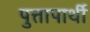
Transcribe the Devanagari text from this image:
पुत्तापार्थी